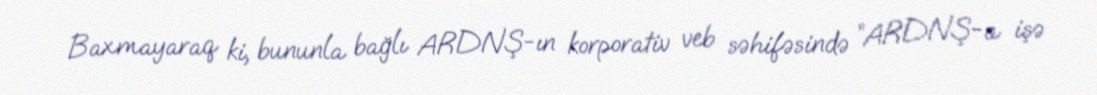
Baxmayaraq ki, bununla bağlı ARDNŞ-ın korporativ veb səhifəsində “ARDNŞ-a işə